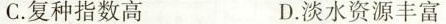
C.复种指数高 D.淡水资源丰富